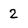
Character: 2